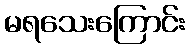
မရသေးကြောင်း